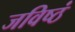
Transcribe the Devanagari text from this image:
जविष्ठं